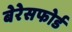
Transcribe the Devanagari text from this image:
बेरेसफोर्ड